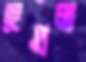
হেগুলা